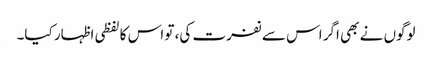
لوگوں نے بھی اگر اس سے نفرت کی، تو اس کا لفظی اظہار کیا۔